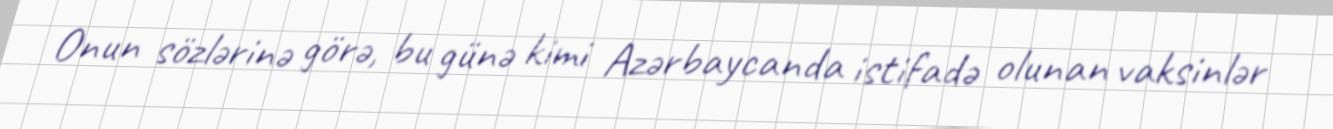
Onun sözlərinə görə, bu günə kimi Azərbaycanda istifadə olunan vaksinlər